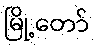
မြို့တော်